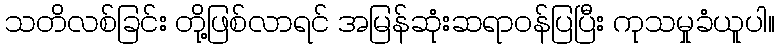
သတိလစ်ခြင်း တို့ဖြစ်လာရင် အမြန်ဆုံးဆရာဝန်ပြပြီး ကုသမှုခံယူပါ။